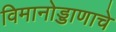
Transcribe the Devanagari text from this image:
विमानोड्डाणाचे